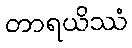
တာရယိဿံ